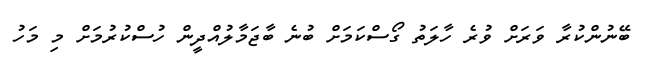
ބޭނުންކުރާ ވަރަށް ވުރެ ހާލަތު ގޯސްކަމަށް ބުނެ ބާޖަމާލުއްދީން ހުސްކުރުމަށް މި މަހު